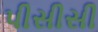
પીસીસી